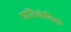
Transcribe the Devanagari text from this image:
प्रातिकंठिक